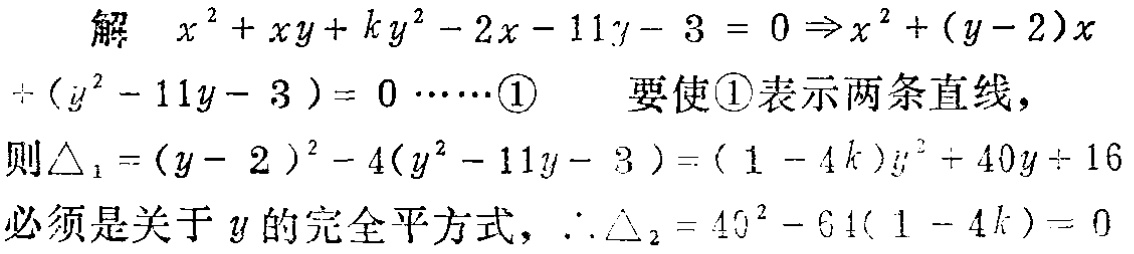
解 \(x^{2}+xy + ky^{2}-2x - 11y - 3 = 0\Rightarrow x^{2}+(y - 2)x+(ky^{2}-11y - 3)=0\cdots\cdots\)\textcircled{1} 要使\textcircled{1}表示两条直线，则\(\triangle_{1}=(y - 2)^{2}-4(ky^{2}-11y - 3)=(1 - 4k)y^{2}+40y + 16\)必须是关于\(y\)的完全平方式，\(\therefore\triangle_{2}=40^{2}-64(1 - 4k)=0\)